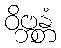
ဝိဗ္ဘန္တံ